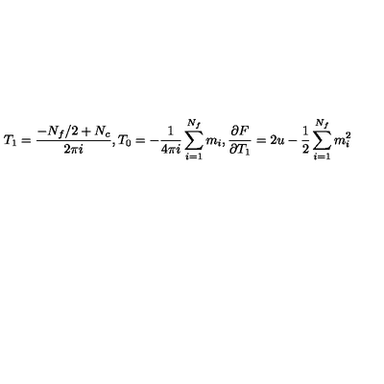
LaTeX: T _ { 1 } = \frac { - N _ { f } / 2 + N _ { c } } { 2 \pi i } , T _ { 0 } = - \frac { 1 } { 4 \pi i } \sum _ { i = 1 } ^ { N _ { f } } m _ { i } , \frac { \partial F } { \partial T _ { 1 } } = 2 u - \frac { 1 } { 2 } \sum _ { i = 1 } ^ { N _ { f } } m _ { i } ^ { 2 }